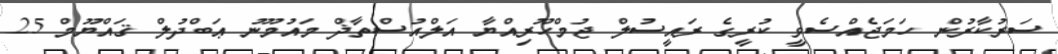
ސަރުކާރުން ހަމަޖެއްސެވީ ކުރީގެ ރައީސުލް ޖުމްހޫރިއްޔާ އަލްއުސްތާޛް މައުމޫނު ޢަބްދުލް ޤައްޔޫމް 25